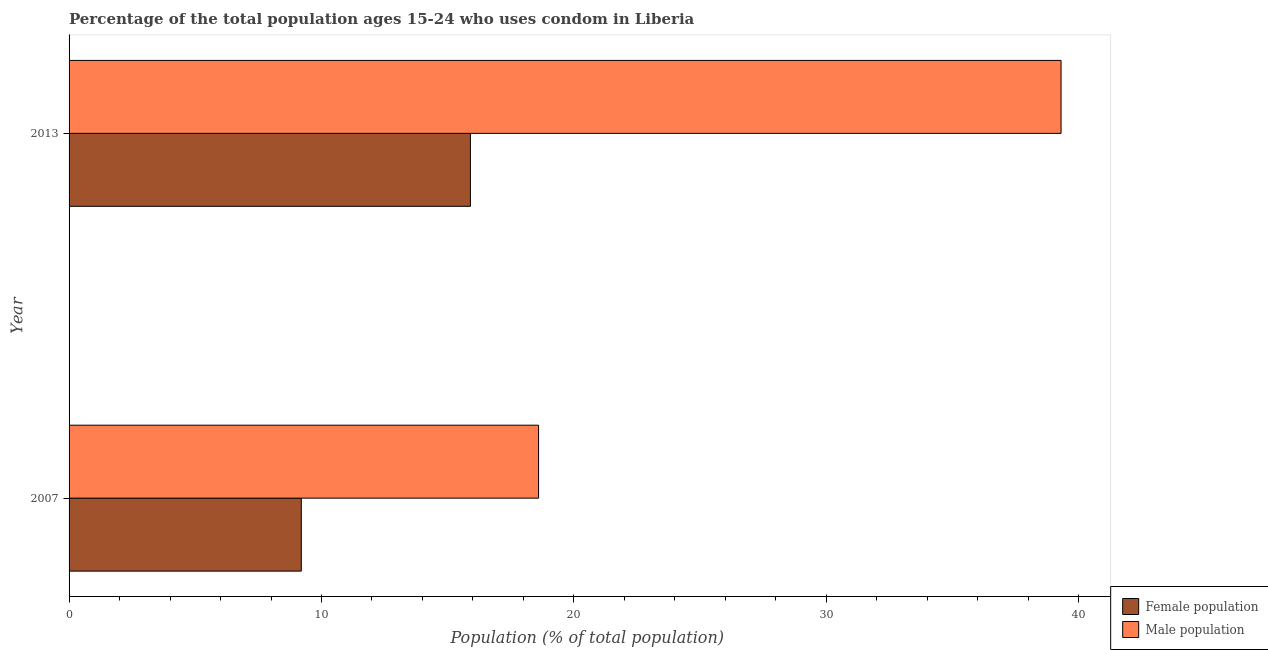
| Year | Female population | Male population |
 | --- | --- | --- |
 | 2007 | 9.2 | 18.6 |
 | 2013 | 15.9 | 39.3 |